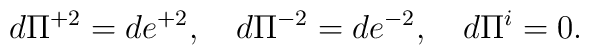
d\Pi^{+2}=de^{+2},\quad d\Pi^{-2}=de^{-2},\quad d\Pi^i=0.